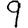
Digit: 9